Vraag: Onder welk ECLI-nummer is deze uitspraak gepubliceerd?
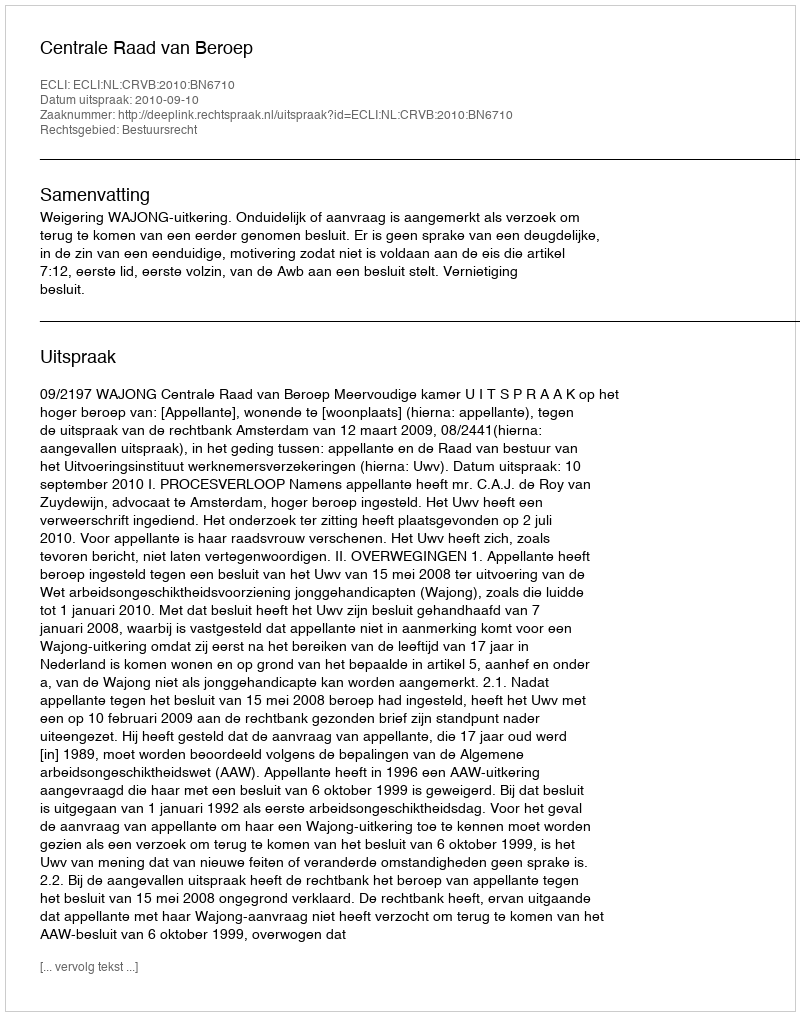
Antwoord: ECLI:NL:CRVB:2010:BN6710